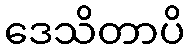
ဒေသိတာပိ